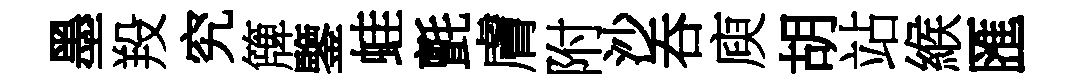
墨羖究簰鑒蛙氈膚附沙吞庾胡站緱匯